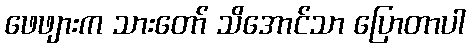
ဖေဖျားက သားတော် သိအောင်သာ ပြောတာပါ